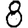
Digit: 8